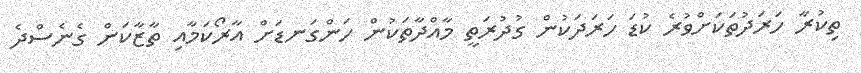
ތިކުރާ ހަރަދުތަކަށްވުރެ ކުޑަ ހަރަދަކުން ގުދުރަތީ މާއްދާތަކުން ހަންގަނޑަށް އާރޯކަމާއި ތާޒާކަން ގެނެސްދެ